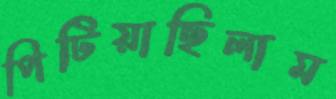
পিটিয়াছিলাম